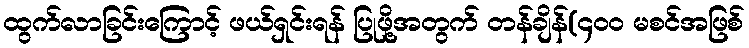
ထွက်လာခြင်းကြောင့် ဖယ်ရှင်းရန် ပြုဖို့အတွက် တန်ချိန်(၄၀၀ မစင်အဖြစ်